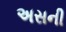
અસની